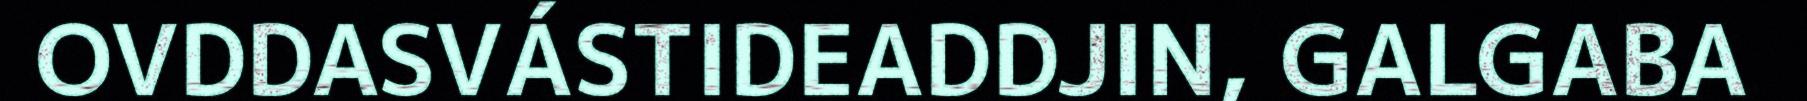
OVDDASVÁSTIDEADDJIN, GALGABA